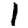
Digit: 1